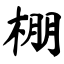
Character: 棚